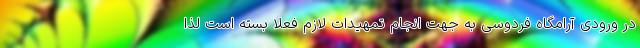
در ورودی آرامگاه فردوسی به جهت انجام تمهیدات لازم فعلا بسته است لذا